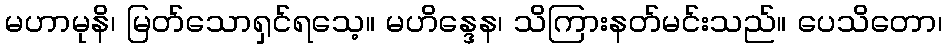
မဟာမုနိ၊ မြတ်သောရှင်ရသေ့။ မဟိန္ဒေန၊ သိကြားနတ်မင်းသည်။ ပေသိတော၊